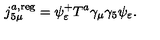
j _ { 5 \mu } ^ { a , \mathrm { r e g } } = \psi _ { \varepsilon } ^ { + } T ^ { a } \gamma _ { \mu } \gamma _ { 5 } \psi _ { \varepsilon } .